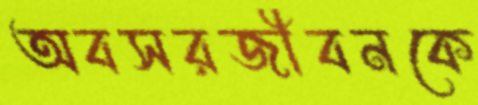
অবসরজীবনকে